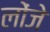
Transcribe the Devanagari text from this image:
लोंजे